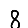
Digit: 8